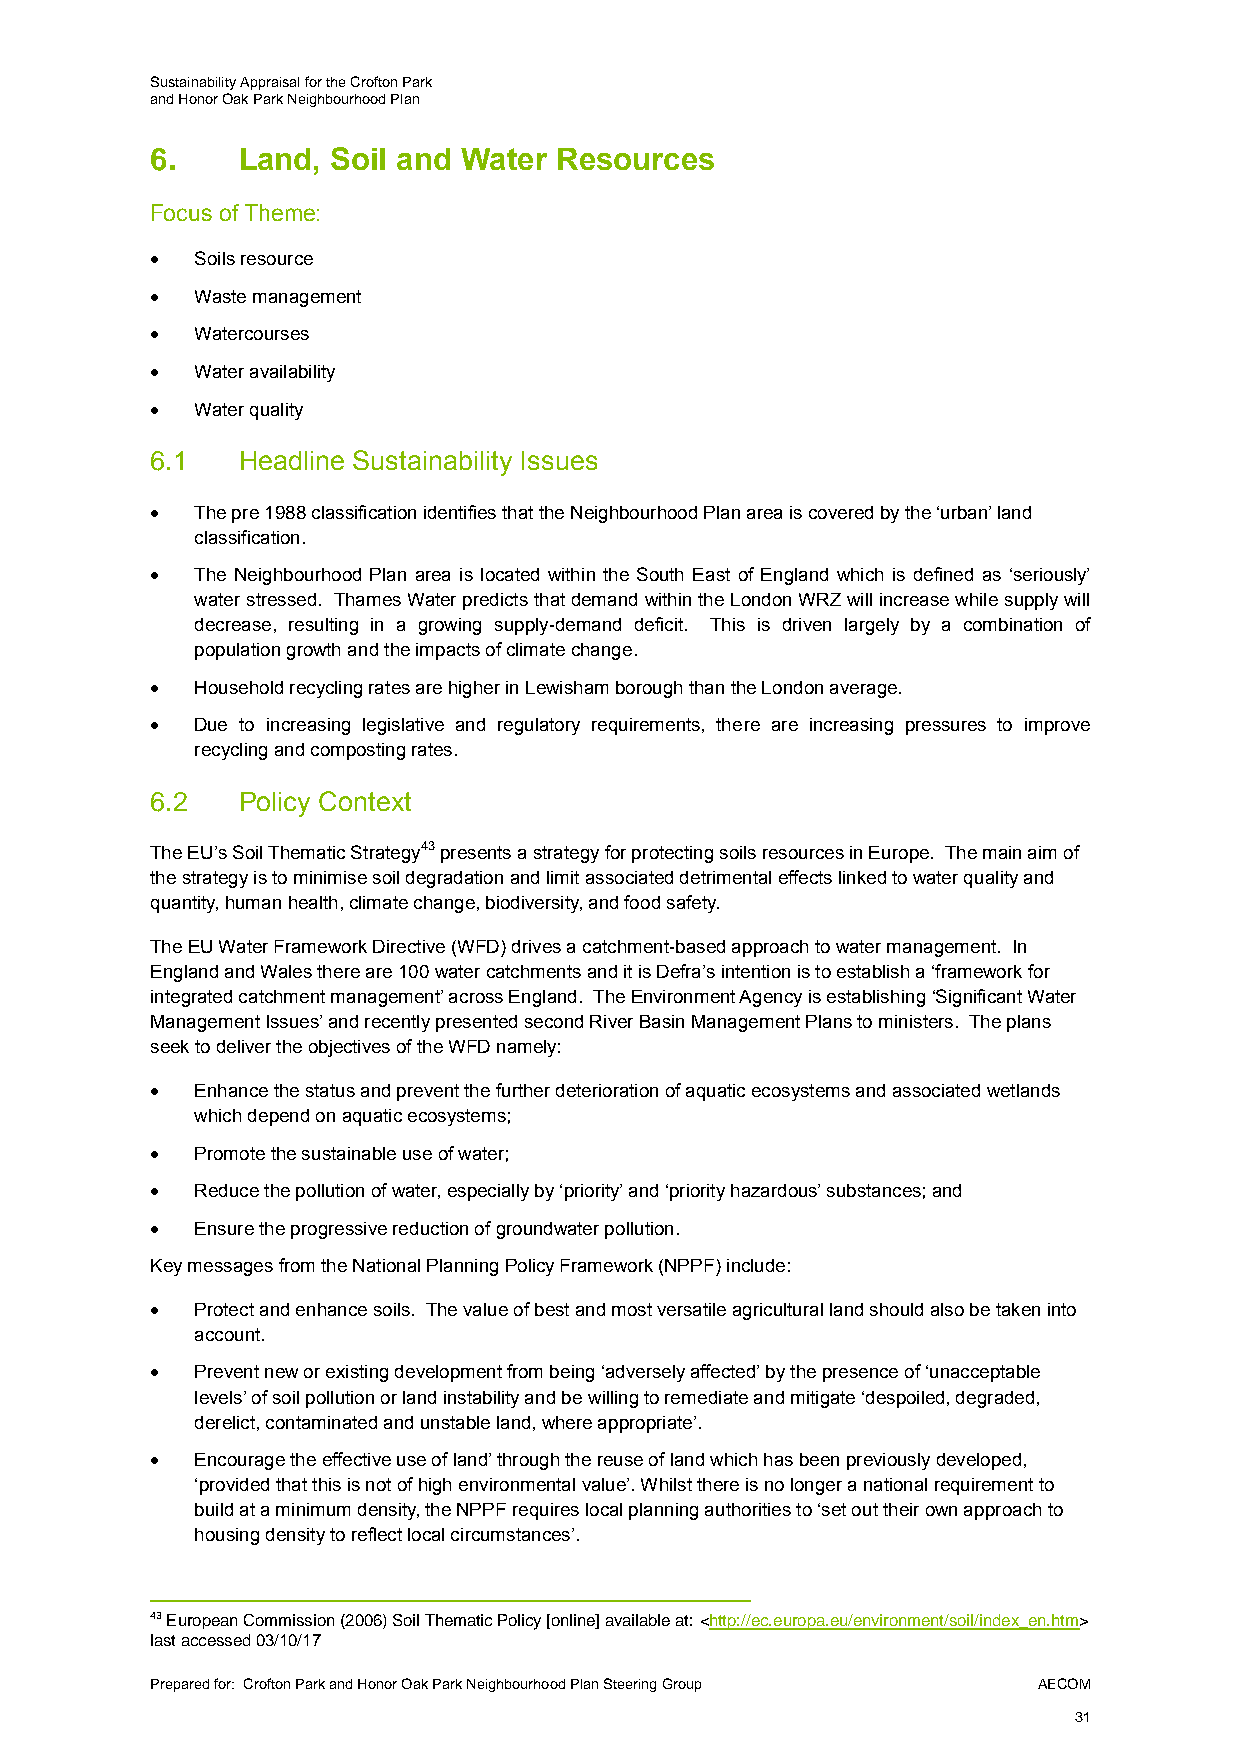
Sustainability Appraisal for the Crofton Park
 and Honor Oak Park Neighbourhood Plan
 6.    Land, Soil and Water Resources
 Focus of Theme:
   Soils resource
   Waste management
   Watercourses
   Water availability
   Water quality
 6.1   Headline Sustainability Issues
   The pre 1988 classification identifies that the Neighbourhood Plan area is covered by the ‘urban’ land
 classification.
   The Neighbourhood Plan area is located within the South East of England which is defined as ‘seriously’
 water stressed. Thames Water predicts that demand within the London WRZ will increase while supply will
 decrease, resulting in a growing supply-demand deficit. This is driven largely by a combination of
 population growth and the impacts of climate change.
   Household recycling rates are higher in Lewisham borough than the London average.
   Due to increasing legislative and regulatory requirements, there are increasing pressures to improve
 recycling and composting rates.
 6.2   Policy Context
 The EU’s Soil Thematic Strategy43 presents a strategy for protecting soils resources in Europe. The main aim of
 the strategy is to minimise soil degradation and limit associated detrimental effects linked to water quality and
 quantity, human health, climate change, biodiversity, and food safety.
 The EU Water Framework Directive (WFD) drives a catchment-based approach to water management. In
 England and Wales there are 100 water catchments and it is Defra’s intention is to establish a ‘framework for
 integrated catchment management’ across England. The Environment Agency is establishing ‘Significant Water
 Management Issues’ and recently presented second River Basin Management Plans to ministers. The plans
 seek to deliver the objectives of the WFD namely:
   Enhance the status and prevent the further deterioration of aquatic ecosystems and associated wetlands
 which depend on aquatic ecosystems;
   Promote the sustainable use of water;
   Reduce the pollution of water, especially by ‘priority’ and ‘priority hazardous’ substances; and
   Ensure the progressive reduction of groundwater pollution.
 Key messages from the National Planning Policy Framework (NPPF) include:
   Protect and enhance soils. The value of best and most versatile agricultural land should also be taken into
 account.
   Prevent new or existing development from being ‘adversely affected’ by the presence of ‘unacceptable
 levels’ of soil pollution or land instability and be willing to remediate and mitigate ‘despoiled, degraded,
 derelict, contaminated and unstable land, where appropriate’.
   Encourage the effective use of land’ through the reuse of land which has been previously developed,
 ‘provided that this is not of high environmental value’. Whilst there is no longer a national requirement to
 build at a minimum density, the NPPF requires local planning authorities to ‘set out their own approach to
 housing density to reflect local circumstances’.
 43 European Commission (2006) Soil Thematic Policy [online] available at: <http://ec.europa.eu/environment/soil/index_en.htm>
 last accessed 03/10/17
 Prepared for: Crofton Park and Honor Oak Park Neighbourhood Plan Steering Group AECOM
 31